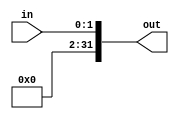
module input_extender (in,out);
    input [1:0] in;
    output [31:0] out;
    assign out = {30'b0,in};
endmodule